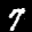
Label: 7